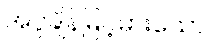
အပူချိန်မြင့်မားသော